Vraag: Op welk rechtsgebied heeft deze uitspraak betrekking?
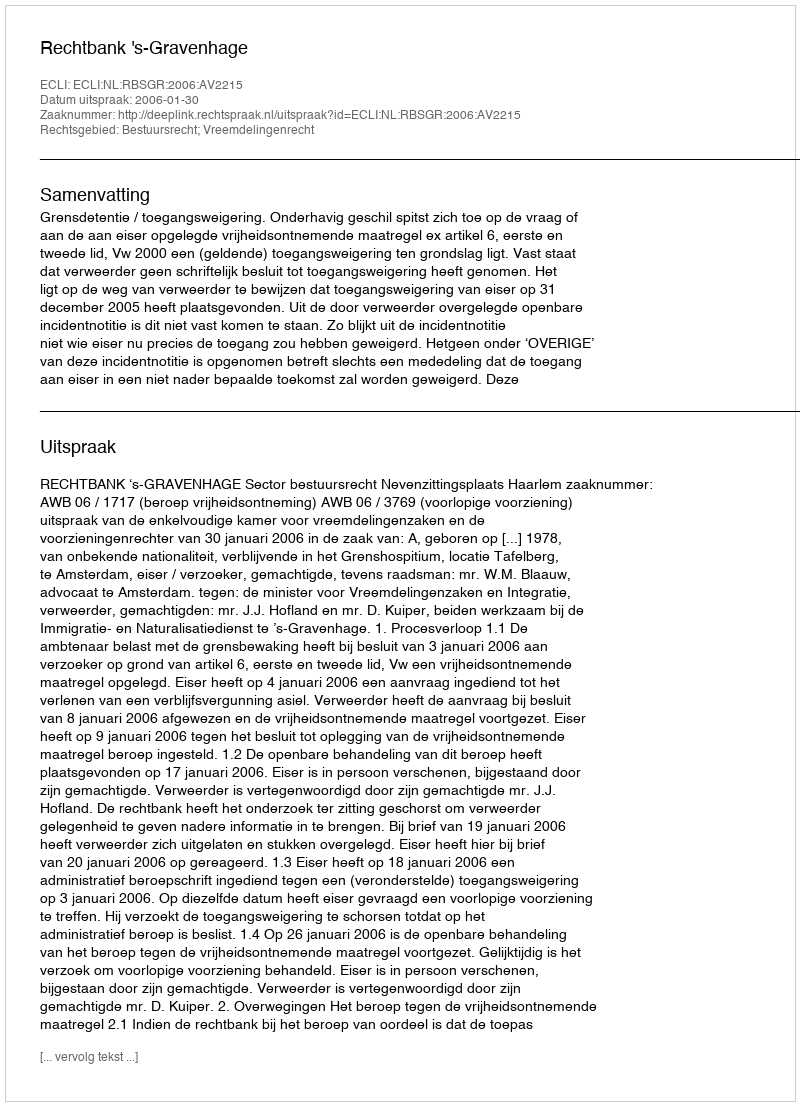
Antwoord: Bestuursrecht; Vreemdelingenrecht